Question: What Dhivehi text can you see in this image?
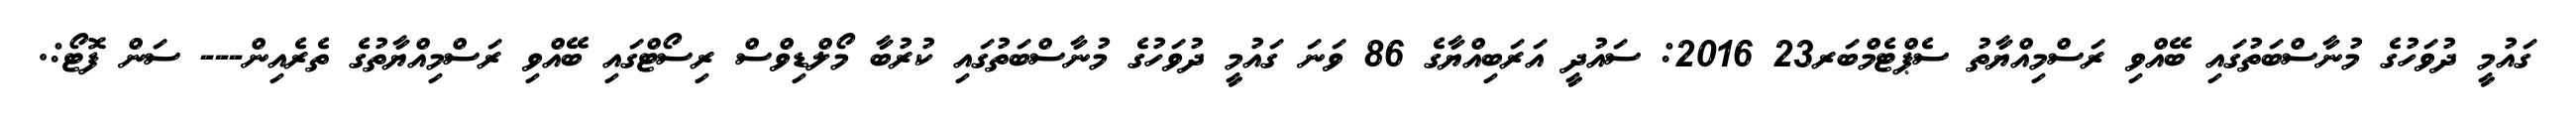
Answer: ގައުމީ ދުވަހުގެ މުނާސްބަތުގައި ބޭއްވި ރަސްމިއްޔާތު ސެޕްޓެމްބަރ23 2016: ސައުދީ އަރަބިއްޔާގެ 86 ވަނަ ގައުމީ ދުވަހުގެ މުނާސްބަތުގައި ކުރުބާ މޯލްޑިވްސް ރިސޯޓްގައި ބޭއްވި ރަސްމިއްޔާތުގެ ތެރެއިން--- ސަން ފޮޓޯ:.